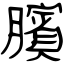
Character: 臏